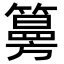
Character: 𥵀